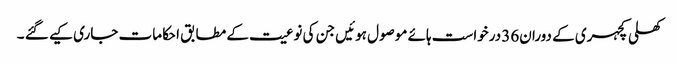
کھلی کچہری کے دوران36 درخواست ہائے موصول ہوئیں جن کی نوعیت کے مطابق احکامات جاری کیے گئے ۔